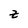
Character: z